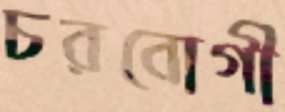
চরবোগী